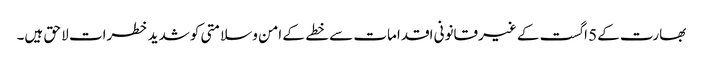
بھارت کے5 اگست کے غیرقانونی اقدامات سے خطے کے امن وسلامتی کوشدید خطرات لا حق ہیں۔